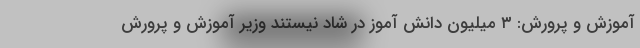
آموزش و پرورش: ۳ میلیون دانش آموز در شاد نیستند وزیر آموزش و پرورش